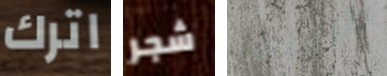
اترك شجر طاقتها